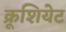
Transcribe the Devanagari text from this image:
क्रूशियेट